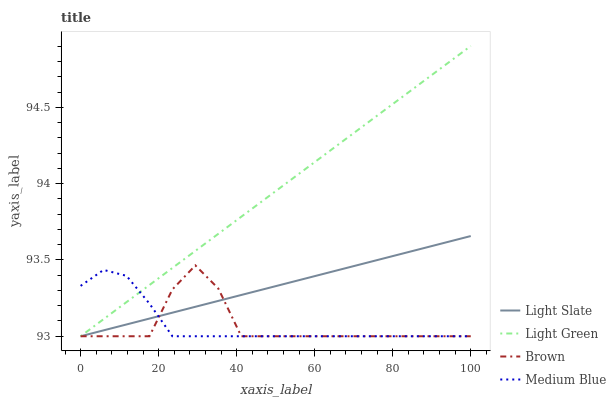
| xaxis_label | Light Slate | Light Green | Brown | Medium Blue |
 | --- | --- | --- | --- | --- |
 | 0 | 93 | 93 | 93 | 93.3 |
 | 5.88 | 93 | 93.1 | 93 | 93.4 |
 | 11.8 | 93.1 | 93.2 | 93 | 93.4 |
 | 17.6 | 93.1 | 93.3 | 93 | 93.2 |
 | 23.5 | 93.2 | 93.4 | 93.3 | 93 |
 | 29.4 | 93.2 | 93.6 | 93.5 | 93 |
 | 35.3 | 93.2 | 93.7 | 93.3 | 93 |
 | 41.2 | 93.3 | 93.8 | 93 | 93 |
 | 47.1 | 93.3 | 93.9 | 93 | 93 |
 | 52.9 | 93.3 | 94 | 93 | 93 |
 | 58.8 | 93.4 | 94.1 | 93 | 93 |
 | 64.7 | 93.4 | 94.2 | 93 | 93 |
 | 70.6 | 93.5 | 94.3 | 93 | 93 |
 | 76.5 | 93.5 | 94.5 | 93 | 93 |
 | 82.4 | 93.5 | 94.6 | 93 | 93 |
 | 88.2 | 93.6 | 94.7 | 93 | 93 |
 | 94.1 | 93.6 | 94.8 | 93 | 93 |
 | 100 | 93.7 | 94.9 | 93 | 93 |